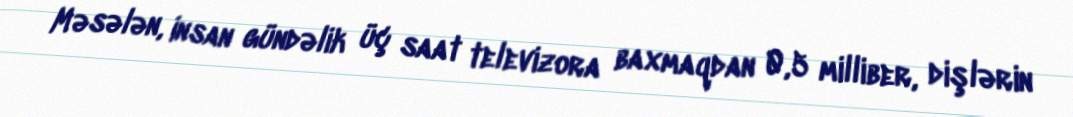
Məsələn, insan gündəlik üç saat televizora baxmaqdan 0,5 milliber, dişlərin